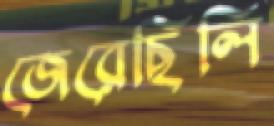
জেরেছিলি